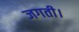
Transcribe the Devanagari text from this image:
जगती।